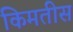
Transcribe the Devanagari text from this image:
किमतीस